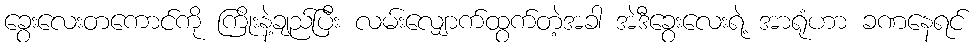
ခွေးလေးတကောင်ကို ကြိုးနဲ့ချည်ပြီး လမ်းလျှောက်ထွက်တဲ့အခါ အဲဒီခွေးလေးရဲ့ အာရုံဟာ ခဏနေရင်